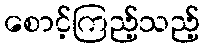
စောင့်ကြည့်သည့်